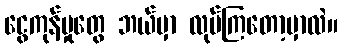
ငွေကုန်မှုတွေ ဘယ်မှာ လုပ်ကြတော့မှာလဲ။